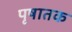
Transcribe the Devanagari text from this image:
पृषातक